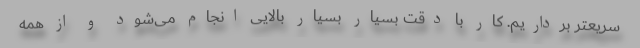
سریعتر برداریم. کار با دقت بسیار بسیار بالایی انجام می‌شود و از همه